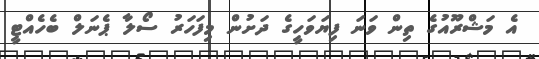
އެ މަޝްރޫއުގެ ތިން ވަނަ ފިޔަވަހީގެ ދަށުން މިފަހަރު ސޯލާ ޕެނަލް ބެހެއްޓީ